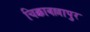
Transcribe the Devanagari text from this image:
चिक्काबल्लापुर